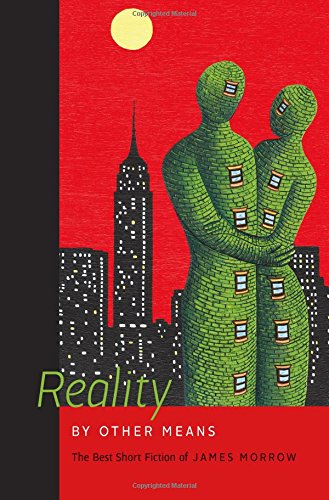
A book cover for Reality by Other Means: The Best Short Fiction of James Morrow; James Morrow; Science Fiction & Fantasy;